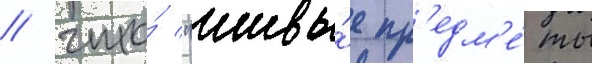
/ что́ "живы́е пр'едм'е́ты